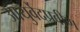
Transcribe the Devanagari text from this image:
आयुर्वेदप्रवीण